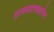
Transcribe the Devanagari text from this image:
प्रत्यपदत्तकामेन